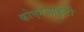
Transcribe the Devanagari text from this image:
कोएनआईटी